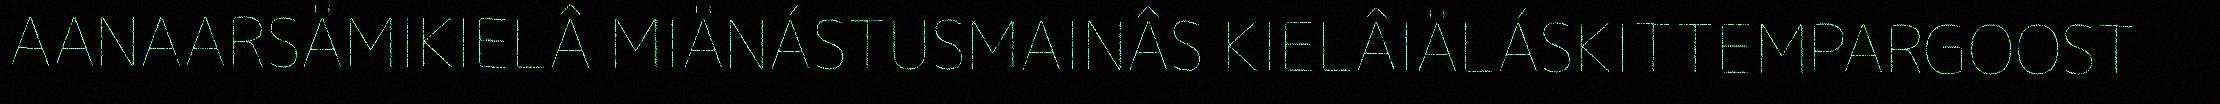
AANAARSÄMIKIELÂ MIÄNÁSTUSMAINÂS KIELÂIÄLÁSKITTEMPARGOOST